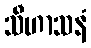
သီဟာသနံ